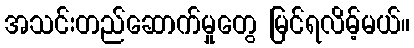
အသင်းတည်ဆောက်မှုတွေ မြင်ရလိမ့်မယ်။